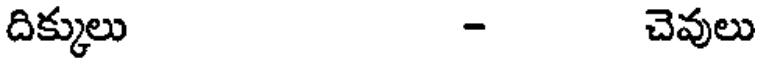
దిక్కులు - చెవులు